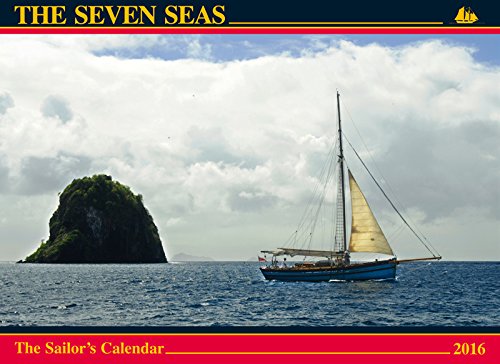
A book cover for The Seven Seas Calendar 2016: The Sailor's Calendar; Ferenc MÃ¡tÃ©; Calendars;